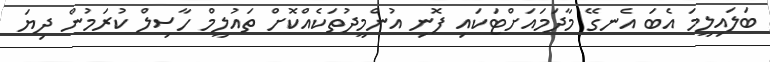
ބަލައިލީމަ އެބަ އެނގޭ މާދަމައަށްޓަކައި ފޮނި އުންމީދުތަކެއްކޮށް ތައުލީމް ހާސިލް ކުރަމުން ދިޔަ